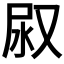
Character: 𭰇